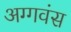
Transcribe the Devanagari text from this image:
अग्गवंस